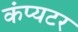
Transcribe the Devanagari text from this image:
कंप्यटर